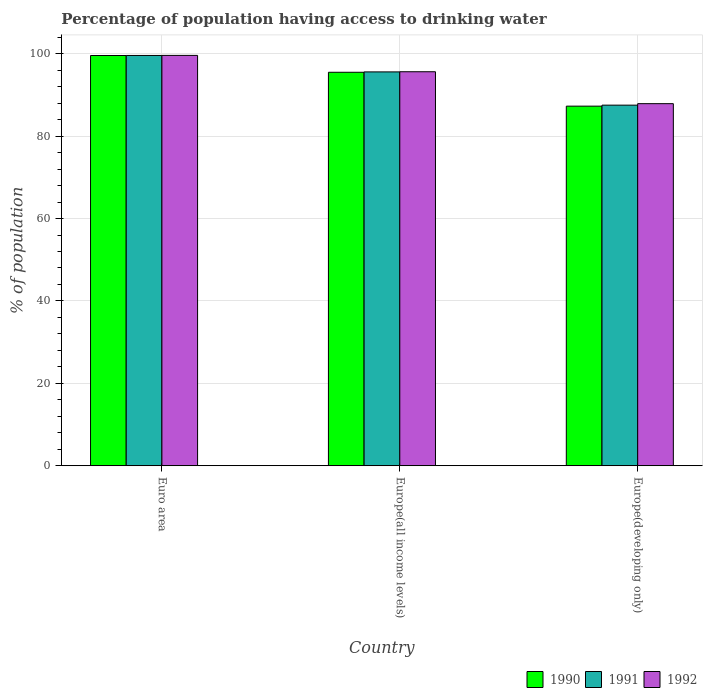
| Country | 1990 | 1991 | 1992 |
 | --- | --- | --- | --- |
 | Euro area | 99.6 | 99.6 | 99.6 |
 | Europe(all income levels) | 95.5 | 95.6 | 95.6 |
 | Europe(developing only) | 87.3 | 87.5 | 87.9 |